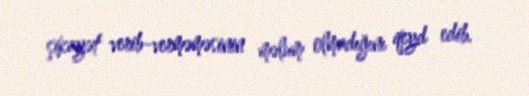
şikayət verib-verməməsinin məlum olmadığını qeyd edib.